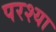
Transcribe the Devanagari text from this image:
परश्‍या